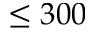
\leq 3 0 0